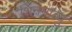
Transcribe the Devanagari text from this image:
शिनमाब्यु